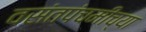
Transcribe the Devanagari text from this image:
वसंतपंचमीच्या